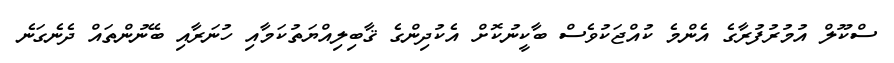
ސްކޫލް އުމުރުފުރާގެ އެންމެ ކުއްޖަކުވެސް ބާކީނުކޮށް އެކުދިންގެ ޤާބިލިއްޔަތުކަމާއި ހުނަރާއި ބޭނުންތައް ދެނެގަނެ